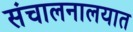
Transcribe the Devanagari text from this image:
संचालनालयात